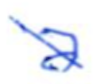
Text: a
Cross-out: diagonal
Writing tool: ballpoint